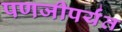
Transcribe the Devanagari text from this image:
पणजीपर्यंत